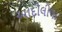
આદીલીલા